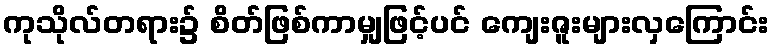
ကုသိုလ်တရား၌ စိတ်ဖြစ်ကာမျှဖြင့်ပင် ကျေးဇူးများလှကြောင်း